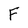
Character: F